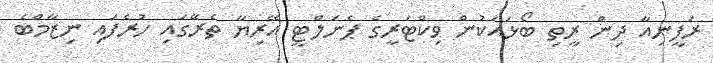
ރަފީނިއާ ދިން ރީތި ބޯޅައަކުން ވިކްޓަރީގެ ޕެނަލްޓީ އޭރިޔާ ތެރޭގައި ހުރެފައި ނިޒާމްބެ